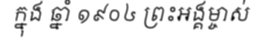
ក្នុង ឆ្នាំ ១៩០៤ ព្រះអង្គម្ចាស់